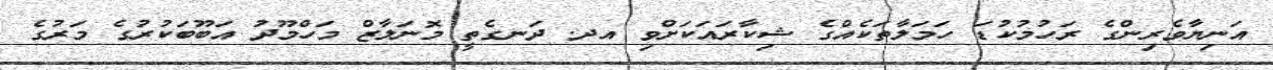
އަނިޔާވެރިންގެ ރަހުމުކުޑަ ހަމަލާތަކެއްގެ ޝިކާރައަކަށްވި އދ. ދަނގެތީ މޮނަލާޒް މަހްމޫދު އަބޫބަކުރުގެ މަރުގެ